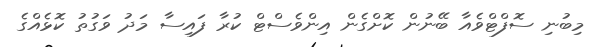
މިބުނި ސޮފްޓްވެއާ ބޭނުން ކޮށްގެން އިންވެސްޓް ކުރާ ފައިސާ މަދު ވަގުތު ކޮޅެއްގެ